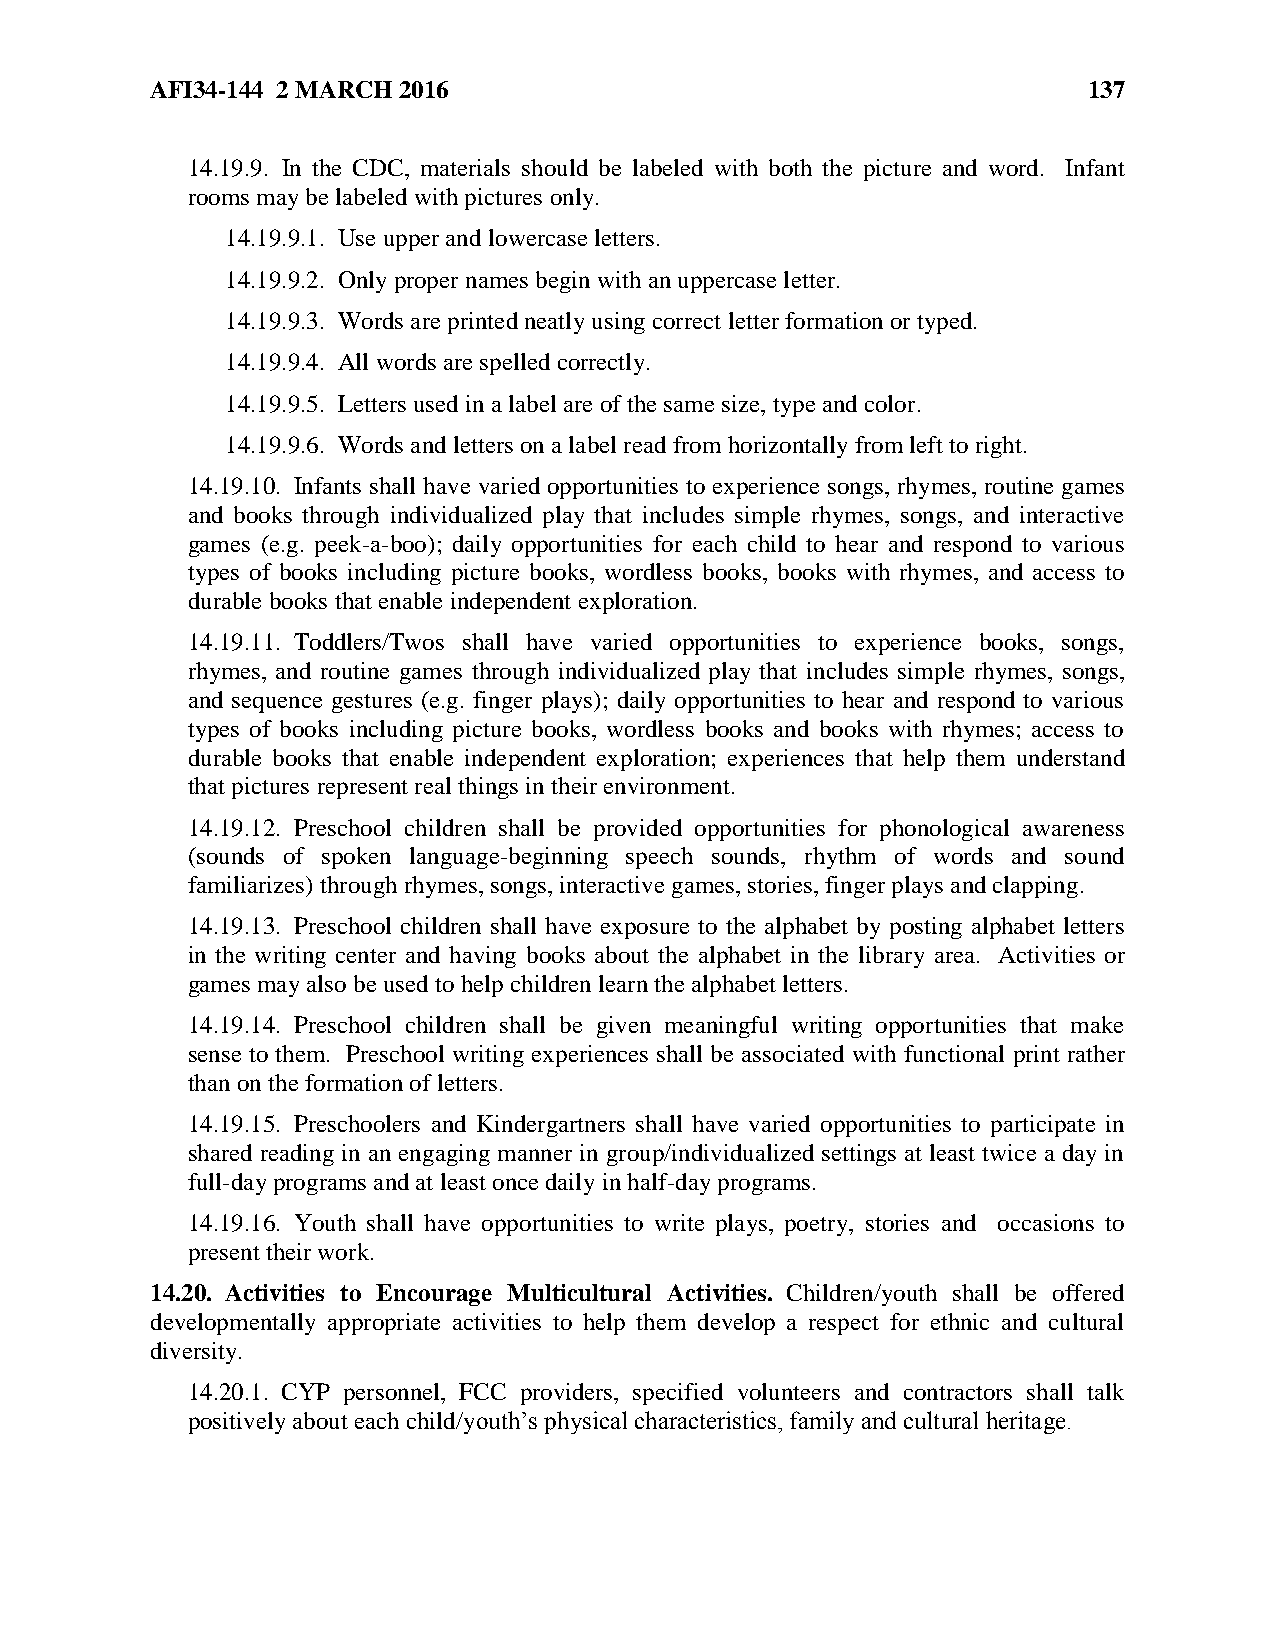
AFI34-144 2 MARCH 2016                                        137
 14.19.9. In the CDC, materials should be labeled with both the picture and word. Infant
 rooms may be labeled with pictures only.
 14.19.9.1. Use upper and lowercase letters.
 14.19.9.2. Only proper names begin with an uppercase letter.
 14.19.9.3. Words are printed neatly using correct letter formation or typed.
 14.19.9.4. All words are spelled correctly.
 14.19.9.5. Letters used in a label are of the same size, type and color.
 14.19.9.6. Words and letters on a label read from horizontally from left to right.
 14.19.10. Infants shall have varied opportunities to experience songs, rhymes, routine games
 and books through individualized play that includes simple rhymes, songs, and interactive
 games (e.g. peek-a-boo); daily opportunities for each child to hear and respond to various
 types of books including picture books, wordless books, books with rhymes, and access to
 durable books that enable independent exploration.
 14.19.11. Toddlers/Twos shall have varied opportunities to experience books, songs,
 rhymes, and routine games through individualized play that includes simple rhymes, songs,
 and sequence gestures (e.g. finger plays); daily opportunities to hear and respond to various
 types of books including picture books, wordless books and books with rhymes; access to
 durable books that enable independent exploration; experiences that help them understand
 that pictures represent real things in their environment.
 14.19.12. Preschool children shall be provided opportunities for phonological awareness
 (sounds of spoken language-beginning speech sounds, rhythm of words and sound
 familiarizes) through rhymes, songs, interactive games, stories, finger plays and clapping.
 14.19.13. Preschool children shall have exposure to the alphabet by posting alphabet letters
 in the writing center and having books about the alphabet in the library area. Activities or
 games may also be used to help children learn the alphabet letters.
 14.19.14. Preschool children shall be given meaningful writing opportunities that make
 sense to them. Preschool writing experiences shall be associated with functional print rather
 than on the formation of letters.
 14.19.15. Preschoolers and Kindergartners shall have varied opportunities to participate in
 shared reading in an engaging manner in group/individualized settings at least twice a day in
 full-day programs and at least once daily in half-day programs.
 14.19.16. Youth shall have opportunities to write plays, poetry, stories and occasions to
 present their work.
 14.20. Activities to Encourage Multicultural Activities. Children/youth shall be offered
 developmentally appropriate activities to help them develop a respect for ethnic and cultural
 diversity.
 14.20.1. CYP personnel, FCC providers, specified volunteers and contractors shall talk
 positively about each child/youth’s physical characteristics, family and cultural heritage.